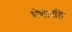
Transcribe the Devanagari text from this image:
घेणारहि